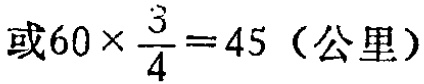
或\(60\times\frac{3}{4}=45\)（公里）